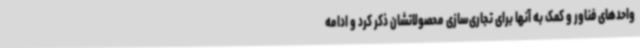
واحدهای فناور و کمک به آنها برای تجاری‌سازی محصولاتشان ذکر کرد و ادامه